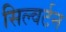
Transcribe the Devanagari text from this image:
सिल्वर्टन